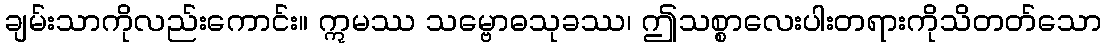
ချမ်းသာကိုလည်းကောင်း။ ဣမဿ သမ္ဗောဓသုခဿ၊ ဤသစ္စာလေးပါးတရားကိုသိတတ်သော